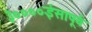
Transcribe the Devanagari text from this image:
३००००ईसापूर्व